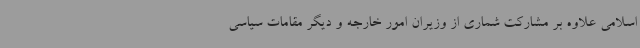
اسلامی علاوه بر مشارکت شماری از وزیران امور خارجه و دیگر مقامات سیاسی